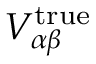
V _ { \alpha \beta } ^ { \mathrm { t r u e } }